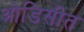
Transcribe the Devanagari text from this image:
ओडिसीत